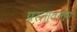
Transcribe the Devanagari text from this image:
प्रस्तावनाएं